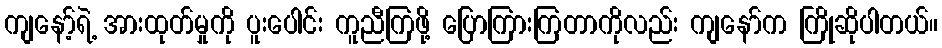
ကျနော့်ရဲ့ အားထုတ်မှုကို ပူးပေါင်း ကူညီကြဖို့ ပြောကြားကြတာကိုလည်း ကျနော်က ကြိုဆိုပါတယ်။